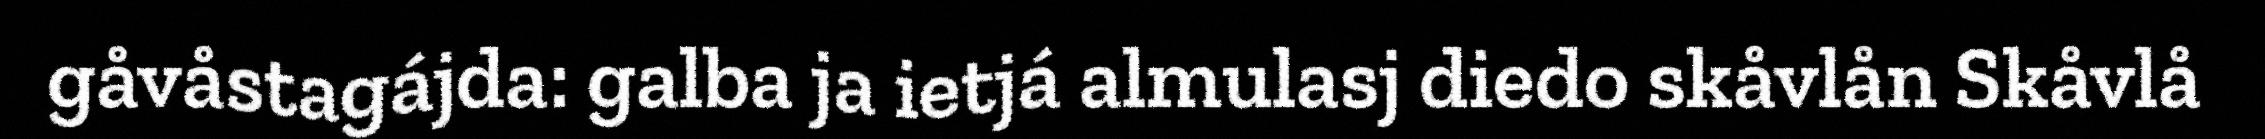
gåvåstagájda: galba ja ietjá almulasj diedo skåvlån Skåvlå